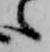
之